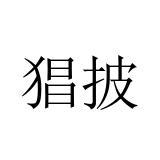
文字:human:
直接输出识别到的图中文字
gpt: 猖披